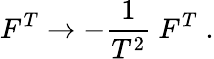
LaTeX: F^{T}\rightarrow-{\frac{1}{T^{2}}}~F^{T}\; .